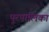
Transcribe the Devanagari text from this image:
पुरपालिका